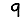
Digit: 9